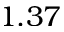
1 . 3 7